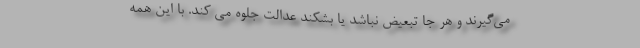
می‌گیرند و هر جا تبعیض نباشد یا بشکند عدالت جلوه می کند. با این همه